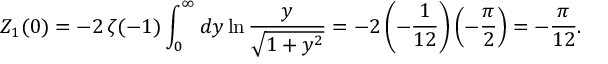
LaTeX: Z _ { 1 } ( 0 ) = - 2 \, \zeta ( - 1 ) \int _ { 0 } ^ { \infty } d y \ln \frac { y } { \sqrt { 1 + y ^ { 2 } } } = - 2 \left( - \frac { 1 } { 1 2 } \right) \left( - \frac { \pi } { 2 } \right) = - \frac { \pi } { 1 2 } .